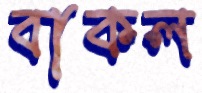
বাকল